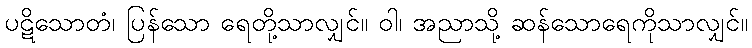
ပဋိသောတံ၊ ပြန်သော ရေတို့သာလျှင်။ ဝါ၊ အညာသို့ ဆန်သောရေကိုသာလျှင်။